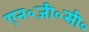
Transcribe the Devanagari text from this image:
एन०जी०सी०